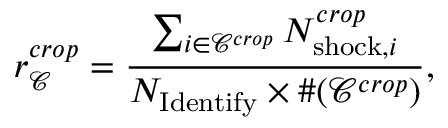
r _ { \mathcal { C } } ^ { c r o p } = \frac { \sum _ { i \in { \mathcal { C } } ^ { c r o p } } N _ { { \mathrm { s h o c k } } , i } ^ { c r o p } } { N _ { \mathrm { I d e n t i f y } } \times \# ( { \mathcal { C } } ^ { c r o p } ) } ,